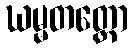
ဃမ္မတတ္တော